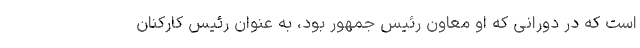
است که در دورانی که او معاون رئیس جمهور بود، به عنوان رئیس کارکنان